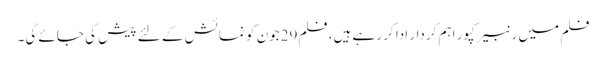
فلم میں رنبیر کپور اہم کردار ادا کر رہے ہیں، فلم29جون کو نمائش کے لئے پیش کی جائے گی۔